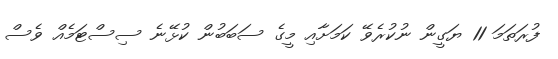
ފުރަތަމަ 11 ޔަގީން ނުކުރެވޭ ކަމަށާއި މީގެ ސަބަބުން ކުޅޭނެ ސިސްޓަމެއް ވެސް